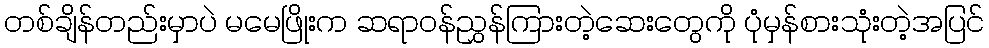
တစ်ချိန်တည်းမှာပဲ မမေဖြိုးက ဆရာဝန်ညွှန်ကြားတဲ့ဆေးတွေကို ပုံမှန်စားသုံးတဲ့အပြင်